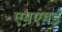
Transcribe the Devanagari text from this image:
एमएमई